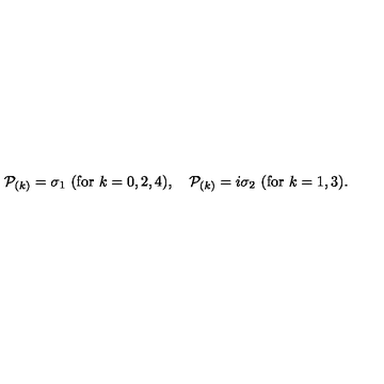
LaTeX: { \cal P } _ { ( k ) } = \sigma _ { 1 } \ ( \mathrm { f o r } \ k = 0 , 2 , 4 ) , \quad { \cal P } _ { ( k ) } = i \sigma _ { 2 } \ ( \mathrm { f o r } \ k = 1 , 3 ) .